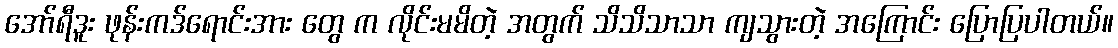
အော်ရီဒူး ဖုန်းကဒ်ရောင်းအား တွေ က လိုင်းမမိတဲ့ အတွက် သိသိသာသာ ကျသွားတဲ့ အကြောင်း ပြောပြပါတယ်။